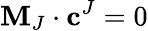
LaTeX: \mathbf{M}_{J}\cdot\mathbf{{c}}^{J}=0